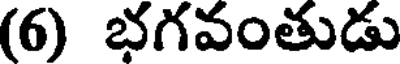
(6) భగవంతుడు